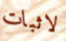
لاثبات